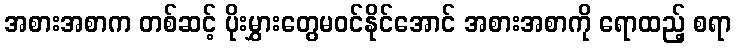
အစားအစာက တစ်ဆင့် ပိုးမွှားတွေမဝင်နိုင်အောင် အစားအစာကို ရောထည့် စရာ